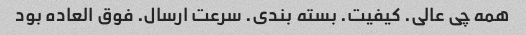
همه چی عالی. کیفیت. بسته بندی. سرعت ارسال. فوق العاده بود